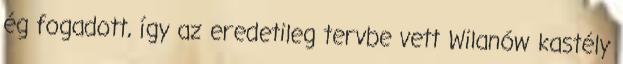
ég fogadott, így az eredetileg tervbe vett Wilanów kastély